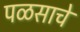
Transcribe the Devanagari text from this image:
पळसाचे